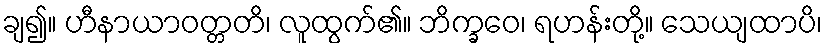
ချ၍။ ဟီနာယာဝတ္တတိ၊ လူထွက်၏။ ဘိက္ခဝေ၊ ရဟန်းတို့။ သေယျထာပိ၊